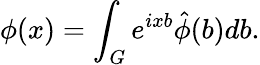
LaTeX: \phi(x)=\int_{G}e^{ixb}\hat{\phi}(b)db.